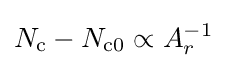
N_{\mathrm {c} }-N_{\mathrm {c} 0}\propto A_{r}^{-1}